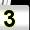
Digit: 3